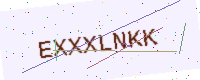
Text: EXXXLNKK